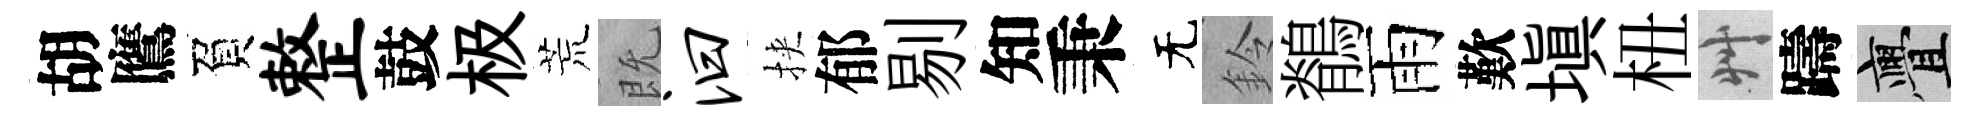
胡鷹負整鼓极荒既汩挾郁剔知秉无鈴鶺雨歎填杻艸躊亹